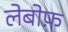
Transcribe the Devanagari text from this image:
लेबोफ़